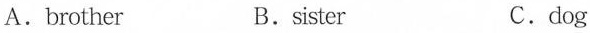
A.brother B.sister C.dog